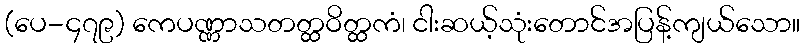
(ပေ-၄၇၉) ကေပဏ္ဏာသတတ္ထဝိတ္ထကံ၊ ငါးဆယ့်သုံးတောင်အပြန့်ကျယ်သော။